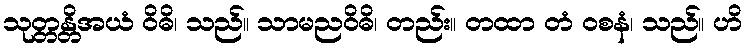
သုတ္တန္တိအယံ ဝိဓိ၊ သည်။ သာမညဝိဓိ၊ တည်း။ တထာ တံ ဝစနံ၊ သည်။ ဟိ